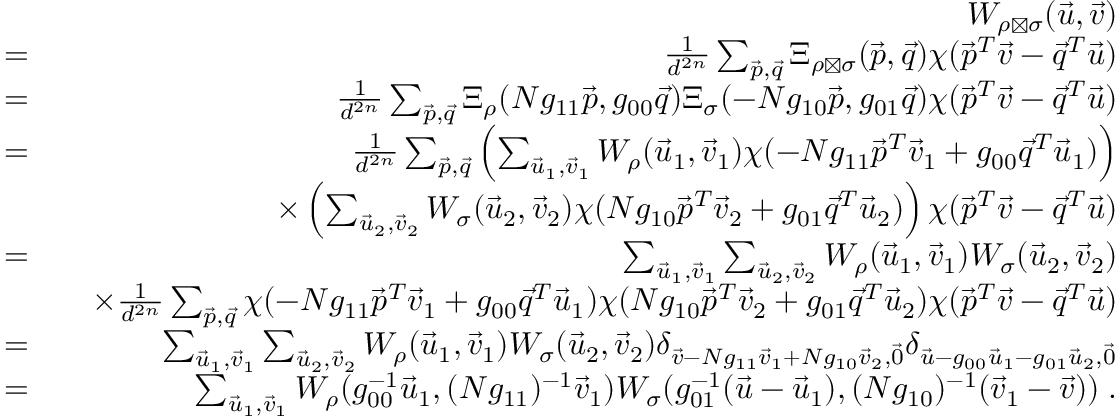
\begin{array} { r l r } & { } & { W _ { \rho \boxtimes \sigma } ( \vec { u } , \vec { v } ) } \\ & { = } & { \frac { 1 } { d ^ { 2 n } } \sum _ { \vec { p } , \vec { q } } \Xi _ { \rho \boxtimes \sigma } ( \vec { p } , \vec { q } ) \chi ( \vec { p } ^ { T } \vec { v } - \vec { q } ^ { T } \vec { u } ) } \\ & { = } & { \frac { 1 } { d ^ { 2 n } } \sum _ { \vec { p } , \vec { q } } \Xi _ { \rho } ( N g _ { 1 1 } \vec { p } , g _ { 0 0 } \vec { q } ) \Xi _ { \sigma } ( - N g _ { 1 0 } \vec { p } , g _ { 0 1 } \vec { q } ) \chi ( \vec { p } ^ { T } \vec { v } - \vec { q } ^ { T } \vec { u } ) } \\ & { = } & { \frac { 1 } { d ^ { 2 n } } \sum _ { \vec { p } , \vec { q } } \left( \sum _ { \vec { u } _ { 1 } , \vec { v } _ { 1 } } W _ { \rho } ( \vec { u } _ { 1 } , \vec { v } _ { 1 } ) \chi ( - N g _ { 1 1 } \vec { p } ^ { T } \vec { v } _ { 1 } + g _ { 0 0 } \vec { q } ^ { T } \vec { u } _ { 1 } ) \right) } \\ & { } & { \quad \times \left( \sum _ { \vec { u } _ { 2 } , \vec { v } _ { 2 } } W _ { \sigma } ( \vec { u } _ { 2 } , \vec { v } _ { 2 } ) \chi ( N g _ { 1 0 } \vec { p } ^ { T } \vec { v } _ { 2 } + g _ { 0 1 } \vec { q } ^ { T } \vec { u } _ { 2 } ) \right) \chi ( \vec { p } ^ { T } \vec { v } - \vec { q } ^ { T } \vec { u } ) } \\ & { = } & { \sum _ { \vec { u } _ { 1 } , \vec { v } _ { 1 } } \sum _ { \vec { u } _ { 2 } , \vec { v } _ { 2 } } W _ { \rho } ( \vec { u } _ { 1 } , \vec { v } _ { 1 } ) W _ { \sigma } ( \vec { u } _ { 2 } , \vec { v } _ { 2 } ) } \\ & { } & { \quad \times \frac { 1 } { d ^ { 2 n } } \sum _ { \vec { p } , \vec { q } } \chi ( - N g _ { 1 1 } \vec { p } ^ { T } \vec { v } _ { 1 } + g _ { 0 0 } \vec { q } ^ { T } \vec { u } _ { 1 } ) \chi ( N g _ { 1 0 } \vec { p } ^ { T } \vec { v } _ { 2 } + g _ { 0 1 } \vec { q } ^ { T } \vec { u } _ { 2 } ) \chi ( \vec { p } ^ { T } \vec { v } - \vec { q } ^ { T } \vec { u } ) } \\ & { = } & { \sum _ { \vec { u } _ { 1 } , \vec { v } _ { 1 } } \sum _ { \vec { u } _ { 2 } , \vec { v } _ { 2 } } W _ { \rho } ( \vec { u } _ { 1 } , \vec { v } _ { 1 } ) W _ { \sigma } ( \vec { u } _ { 2 } , \vec { v } _ { 2 } ) \delta _ { \vec { v } - N g _ { 1 1 } \vec { v } _ { 1 } + N g _ { 1 0 } \vec { v } _ { 2 } , \vec { 0 } } \delta _ { \vec { u } - g _ { 0 0 } \vec { u } _ { 1 } - g _ { 0 1 } \vec { u } _ { 2 } , \vec { 0 } } } \\ & { = } & { \sum _ { \vec { u } _ { 1 } , \vec { v } _ { 1 } } W _ { \rho } ( g _ { 0 0 } ^ { - 1 } \vec { u } _ { 1 } , ( N g _ { 1 1 } ) ^ { - 1 } \vec { v } _ { 1 } ) W _ { \sigma } ( g _ { 0 1 } ^ { - 1 } ( \vec { u } - \vec { u } _ { 1 } ) , ( N g _ { 1 0 } ) ^ { - 1 } ( \vec { v } _ { 1 } - \vec { v } ) ) \; . } \end{array}